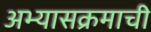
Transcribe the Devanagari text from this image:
अभ्‍यासक्रमाची